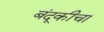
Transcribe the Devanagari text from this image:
बंदूकीचा